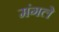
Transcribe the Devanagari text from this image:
मंगले